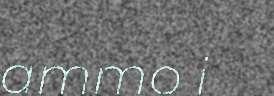
ammo i